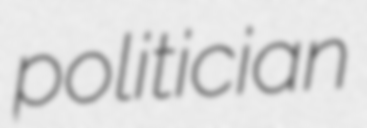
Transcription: politician